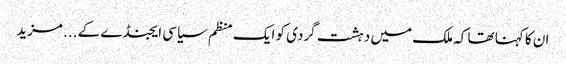
ان کا کہنا تھا کہ ملک میں دہشت گردی کو ایک منظم سیاسی ایجنڈے کے ... مزید